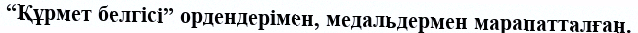
“Құрмет белгісі” ордендерімен, медальдермен марапатталған.